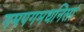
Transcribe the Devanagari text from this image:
गमपगमधनिसां